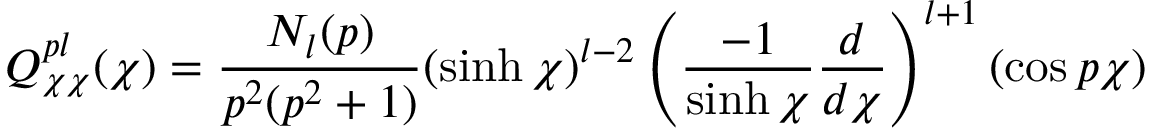
Q _ { \chi \chi } ^ { p l } ( \chi ) = \frac { N _ { l } ( p ) } { p ^ { 2 } ( p ^ { 2 } + 1 ) } ( \sinh \chi ) ^ { l - 2 } \left( \frac { - 1 } { \sinh \chi } \frac { d } { d \chi } \right) ^ { l + 1 } ( \cos p \chi )